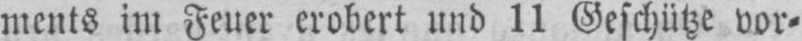
ments im Feuer erobert und 11 Geschütze vor⸗